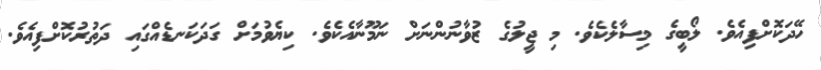
ހޭދަކޮށްފިއެވެ. ލޯބީގެ މިސާލެކެވެ. މި ޖީލުގެ ޒުވާނުންނަށް ނަމޫނާއެކެވެ. ކިޔެވުމަށް ގަދަކަނޑެއްގައި ދަތުރުކޮށްފިއެވެ.